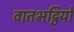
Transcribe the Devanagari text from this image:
वातभट्ठियों